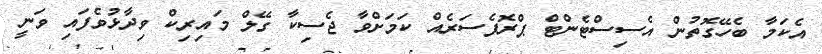
އެކަމާ ބެހޭގޮތުން އެސިސްޓެންޓް ޕްރޮފެސަރެއް ކަމަށްވާ ޖެސިކާ ގޭލް މައިރިކް ވިދާޅުވެފައި ވަނީ